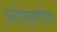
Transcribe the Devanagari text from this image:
अतोलुवएरिया